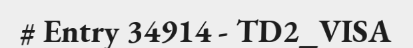
# Entry 34914 - TD2_VISA